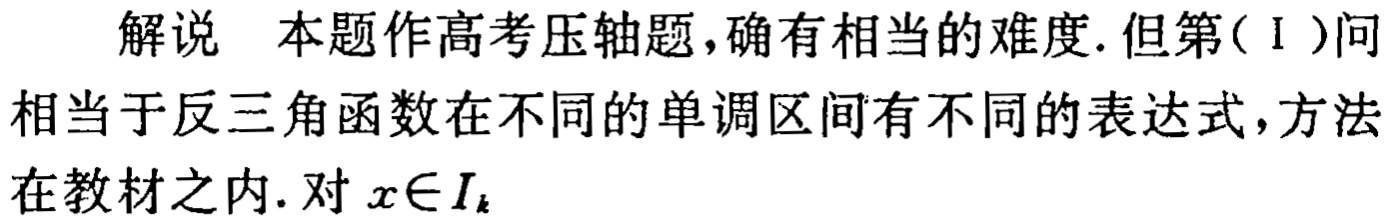
解说 本题作高考压轴题,确有相当的难度.但第(Ⅰ)问相当于反三角函数在不同的单调区间有不同的表达式,方法在教材之内.对 \(x\in I_{k}\)